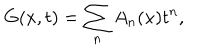
G ( x , t ) = \sum _ { n } A _ { n } ( x ) t ^ { n } ,